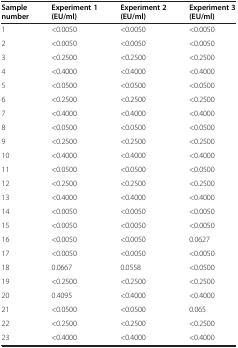
| Sample number | Experiment 1 (EU/ml) | Experiment 2 (EU/ml) | Experiment 3 (EU/ml) |
 | --- | --- | --- | --- |
 | 1 | <0.0050 | <0.0050 | <0.0050 |
 | 2 | <0.0050 | <0.0050 | <0.0050 |
 | 3 | <0.2500 | <0.2500 | <0.2500 |
 | 4 | <0.4000 | <0.4000 | <0.4000 |
 | 5 | <0.0500 | <0.0500 | <0.0500 |
 | 6 | <0.2500 | <0.2500 | <0.2500 |
 | 7 | <0.4000 | <0.4000 | <0.4000 |
 | 8 | <0.0500 | <0.0500 | <0.0500 |
 | 9 | <0.2500 | <0.2500 | <0.2500 |
 | 10 | <0.4000 | <0.4000 | <0.4000 |
 | 11 | <0.0500 | <0.0500 | <0.0500 |
 | 12 | <0.2500 | <0.2500 | <0.2500 |
 | 13 | <0.4000 | <0.4000 | <0.4000 |
 | 14 | <0.0050 | <0.0050 | <0.0050 |
 | 15 | <0.0050 | <0.0050 | <0.0050 |
 | 16 | <0.0050 | <0.0050 | 0.0627 |
 | 17 | <0.0050 | <0.0050 | <0.0050 |
 | 18 | 0.0667 | 0.0558 | <0.0500 |
 | 19 | <0.2500 | <0.2500 | <0.2500 |
 | 20 | 0.4095 | <0.4000 | <0.4000 |
 | 21 | <0.0500 | <0.0500 | 0.065 |
 | 22 | <0.2500 | <0.2500 | <0.2500 |
 | 23 | <0.4000 | <0.4000 | <0.4000 |